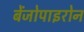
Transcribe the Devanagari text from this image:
बेंजोपाइरोन